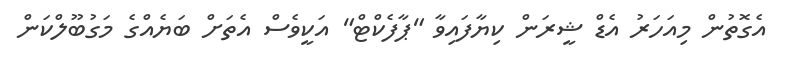
އެގޮތުން މިއަހަރު އެޑް ޝީރަން ކިޔާފައިވާ "ޕާފެކްޓް" އަކީވެސް އެތަށް ބަޔެއްގެ މަގުބޫލްކަން